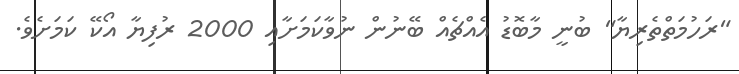
"ރަހުމަތްތެރިޔާ" ބުނީ މާބޮޑު އެއްޗެއް ބޭނުން ނުވާކަމަށާއި 2000 ރުފިޔާ އޯކޭ ކަމަށެވެ.